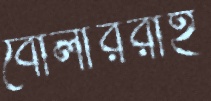
বোলাররাই